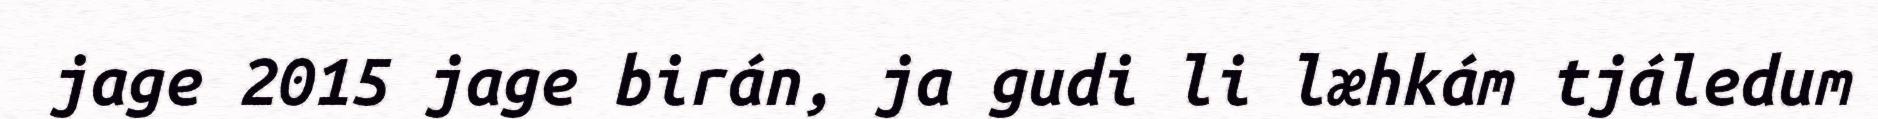
jage 2015 jage birán, ja gudi li læhkám tjáledum